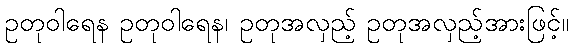
ဥတုဝါရေန ဥတုဝါရေန၊ ဥတုအလှည့် ဥတုအလှည့်အားဖြင့်။